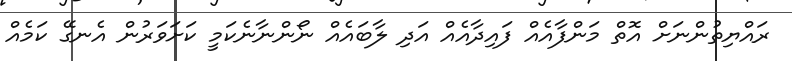
ރައްޔިތުންނަށް އޮތް މަންފާއެއް ފައިދާއެއް އަދި ލާބައެއް ނޯންނާނެކަމީ ކަށަވަރުން އެނގޭ ކަމެއް